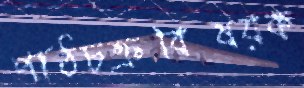
পাঠচক্রবিষয়ক